Statistical return of the lunatic asylum in Assam - 1912-1932
Year: 1912
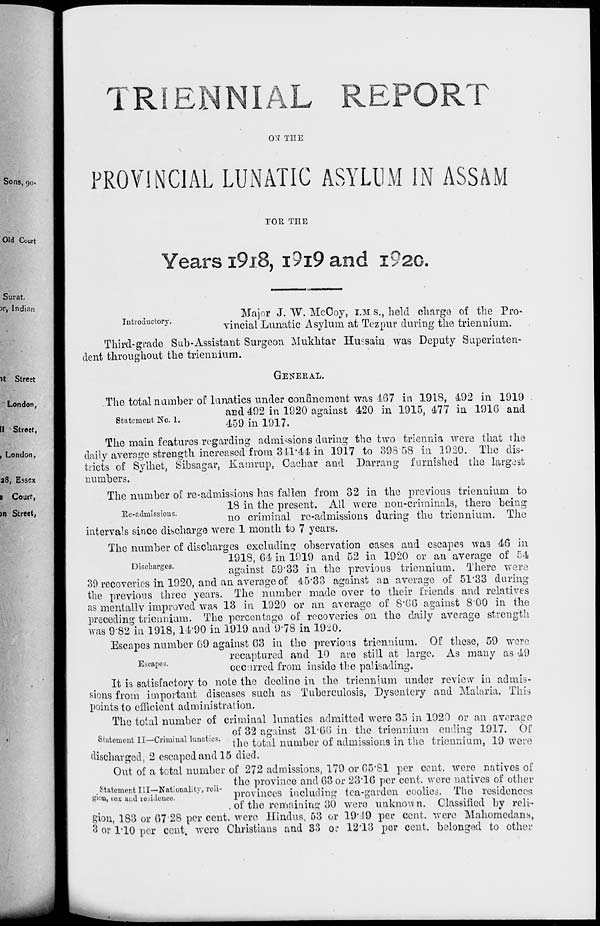
TRIENNIAL REPORT
ON THE
PROVINCIAL LUNATIC ASYLUM IN ASSAM
TOR TEE
Years I9I8, I9I9 and i92C.
Introductory.
Major J. W. McCoy, I.M s., held charge of the Pro-
vincial Lunatic Asylum at Tezpur during the trienniurn.
Third-grade Sub-Assistant Surgeon Mukhtar Hu?sain was Deputy Superinten-
dent throughout the triennium.
GENERAL.
Statement No. 1.
The total number of lunatics under confinement was 167 in 1918, 492 in 1919 .
and 492 in 1920 against 420 in 1915, 477 in 1916 and
459 in 1917.
The main features regarding admissions during the two triennia were that the
daily average strength increased from 341*44 in 1917 to 393 58 in 1920. The dis-
tricts of Sylhet, Sibsagar, Kamrup, Oachar and Darrang furnished the largost
numbers.
The number of re-admis?ions has fallen from 32 in the previous trienuium to
18 in the present. All were non-criminals, there being
Re-admissions.
nQ or i mma ]_ re-admissions during the triennium. The
intervals since discharge were 1 month to 7 years.
The number of discharges excluding observation cases and escapes wa3 46 in
1918, 64 in 1919 and 52 in 1920 or an average of 54
Disc arges.
against 59'33 in the previous trienuium. There were
39 recoveries in 1920, and an average of 45*33 against aD average of 51*33 during
the previous three years. The number made over to their friends and relatives
as mentally improved was 13 in 1920 or an average of S*G6 against 800 in the
preceding triennium. The percentage of recoveries on the daily average strength
was 982 in 1918, 1190 in 1919 and 9*78 in 1920.
Escapes number 69 against 63 in the previous triennium. Of these, 59 were
recaptured and 10 are still at large. As many as 49
ftpes '
occurred from inside the palisading.
It is satisfactory to note the decline in the triennium under review in admis-
sions from important diseases such as Tuberculosis, Dysentery and Malaria. This
points to efficient administration.
The total number of criminal lunatics admitted were 35 in 1920 or an average
of 32 against 31*66 in the triennium ending 1917. Of
the total number of admissions in the triennium, 19 were
discharged, 2 escaped and 15 died.
Out of a total number of 272 admissions, 179 or 05"81 per cent, were natives of
the province and 63 or 23*16 per cent, were natives of other
^S^iSS^^
provinces including tea-garden ooolies. The residences
. of the remaining 30 were unknown. Classified by reli-
gion, 183 or 67'28 per cent, were Hindus, 53 or 19*19 per cent, were Mahomedans,
3 or 1*10 per cent, were Christians and 83 or 12*13 per cent, belonged to other
Statement II—Criminal lunatics.